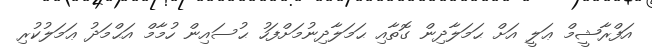
އަފްރާޝީމް ޢަލީ އަށް ޙަމަލާދިން ގޮތާއި ޙަމަލާދިނުމަށްފަހު ޙުސައިން ހުމާމް އަޙްމަދު ޢަމަލުކުރި